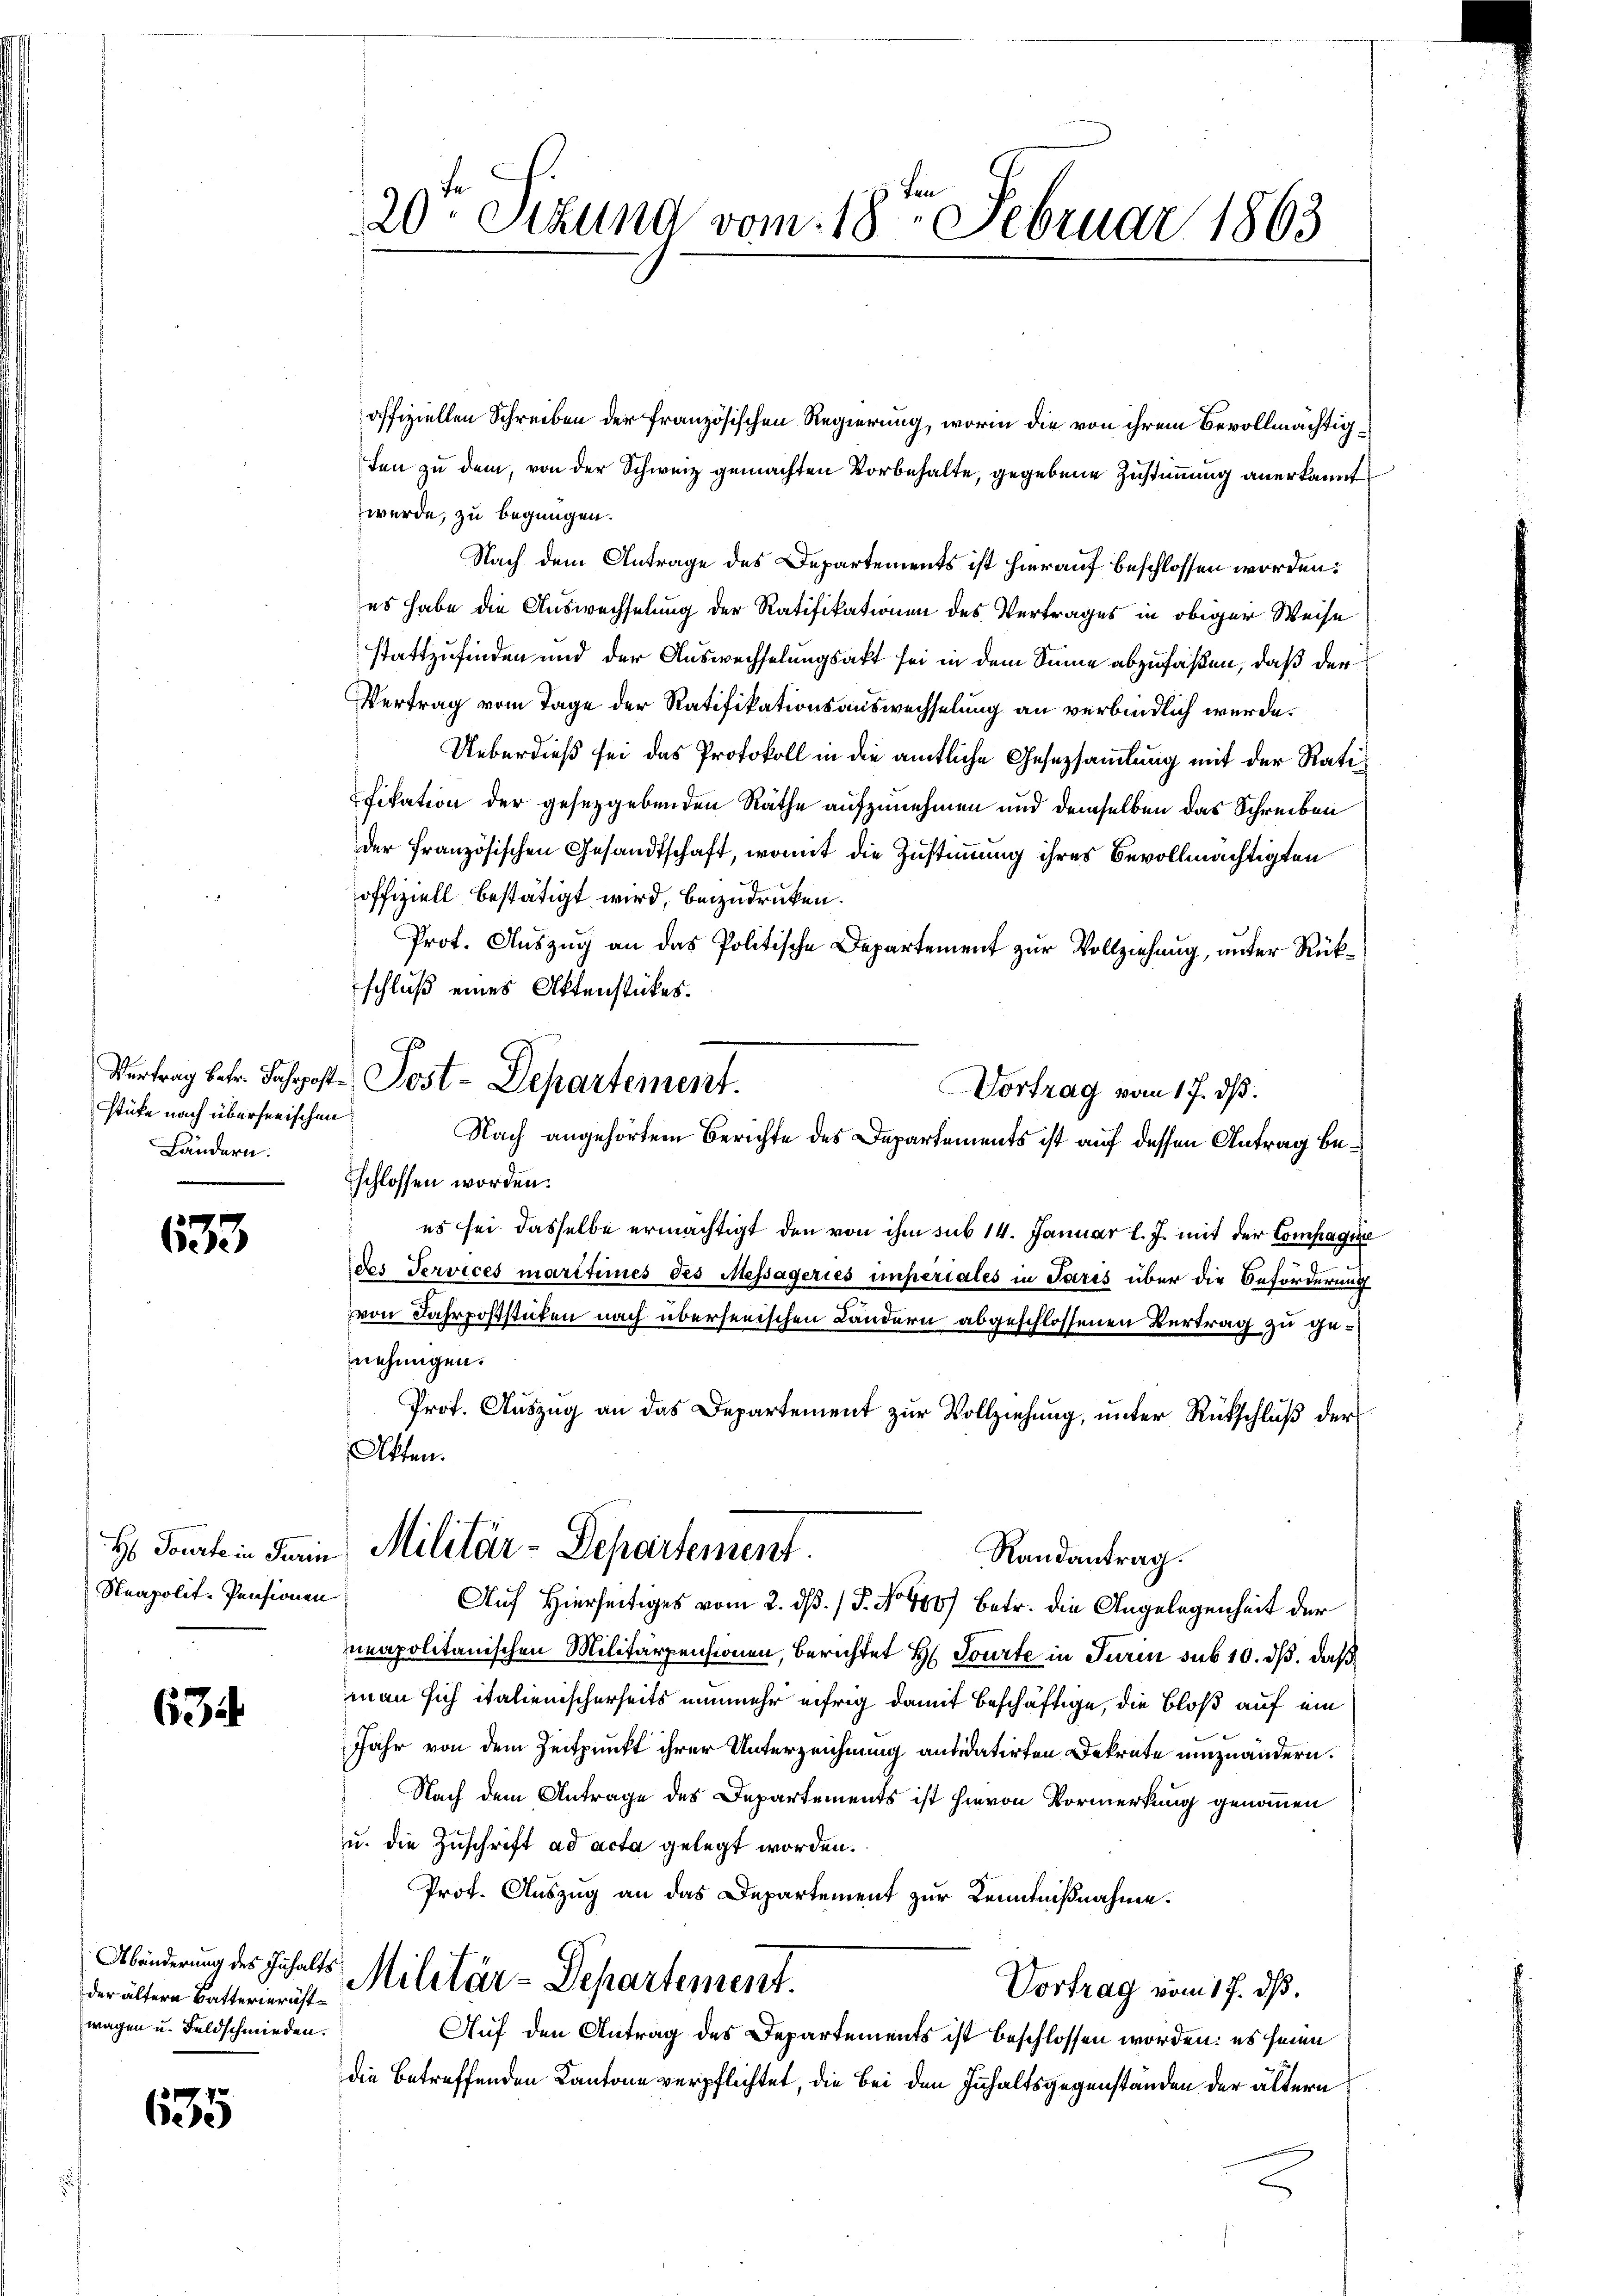
stüke nach überherischen
Ländern.

633

H: Tourte in Turin
Neapolit. Pensionen

63

der ältern Batterierustwagen u. Feldschmieden.

635

20ten Sitzung vom 18ten Februar 1863

Nach angehörtem Berichte des Departements ist auf dessen Antrag be¬

offiziellen Schreiben der französischen Regierung, worin die von ihrem Bevollmächtigten zu dem, von der Schweiz gemachten Vorbehalte, gegebene Zustimmung anerkannt
wurde, zu begnügen.
Nach dem Antrage des Departements ist hierauf beschlossen worden:
es habe die Auswechselung der Ratifikationen des Vertrages in obiger Weise
stattzufinden und der Auswechselungsakt sei in dem Sinne abzufaßen, daß der
Vertrag vom Tage der Ratifikationsauswechselung an verbindlich werde.
Ueberdieß sei das Protokoll in die amtliche Gesetzsammlung mit der Ratifikation der gesetzgebenden Räthe aufzunehmen und demselben das Schreiben
der französischen Gesandtschaft, womit die Zustimmung ihres Bevollmächtigten
offiziell bestätigt wird, beizudrucken.
Prot. Auszug an das Politische Departement zur Vollziehung, unter Rükschluß eines Aktenstückes.
Vertrag betr. Jahrpost Post-Departement.
Vortrag vom 17. ds.
schlossen worden.
es sei dasselbe ermächtigt den von ihm sub 14. Januar l. J. mit der Compagnie
des Services marchines des Messageries imperiales in Paris über die Beförderung
von Fahrpoststücken nach überseeischen Ländern abgeschlossenen Vertrag zu genehmigen.
Prof. Auszug an das Departement zur Vollziehung, unter Rückschluß der
Atten.
Militär-Departement.
Randantrag.
Auf Hierseitiges vom 2. dß. / P. No 400) betr. die Angelegenheit der
neapolitanischen Militärpensionen, berichtet H. Tourte in Turin sub 10. ds. daß
man sich italienischerheits nunmehr eifrig damit beschäftige, die Bloß auf ein
Jahr von dem Zeitpunkt ihrer Unterzeichnung andidatirten Dekrete umzuändern.
Nach dem Antrage des Departements ist hievon Vormerkung genommen
u. die Zuschrift ad acta gelegt worden.
Prot. Auszug an das Departement zur Kenntnißnahme.
Abänderung des Inhaltes Militär-Departement.
Vortrag vom 17. ds.
Auf den Antrag des Departements ist beschlossen worden: es seien
die betreffenden Kantone verpflichtet, die bei den Inhaltsgegenständen der ältern